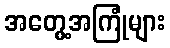
အတွေ့အကြုံများ